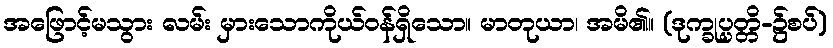
အဖြောင့်မသွား လမ်း မှားသောကိုယ်ဝန်ရှိသော။ မာတုယာ၊ အမိ၏။ (ဒုက္ခုပ္ပတ္တိ-၌စပ်)